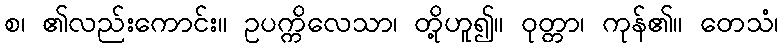
စ၊ ၏လည်းကောင်း။ ဥပက္ကိလေသာ၊ တို့ဟူ၍။ ဝုတ္တာ၊ ကုန်၏။ တေသံ၊